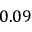
0 . 0 9